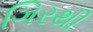
ગિરથી